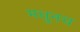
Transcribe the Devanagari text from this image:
मधुनच